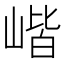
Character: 𡺓